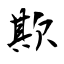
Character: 欺